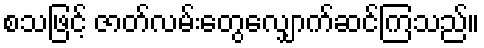
စသဖြင့် ဇာတ်လမ်းတွေလျှောက်ဆင်ကြသည်။